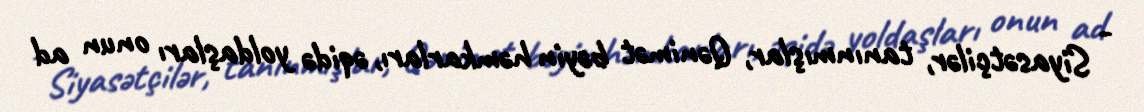
- Siyasətçilər, tanınmışlar, Qənimət bəyin həmkarları, əqidə yoldaşları onun ad